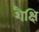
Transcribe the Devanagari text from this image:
शैक्षि